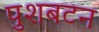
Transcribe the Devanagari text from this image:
पुशबटन